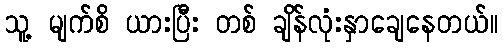
သူ့ မျက်စိ ယားပြီး တစ် ချိန်လုံးနှာချေနေတယ်။